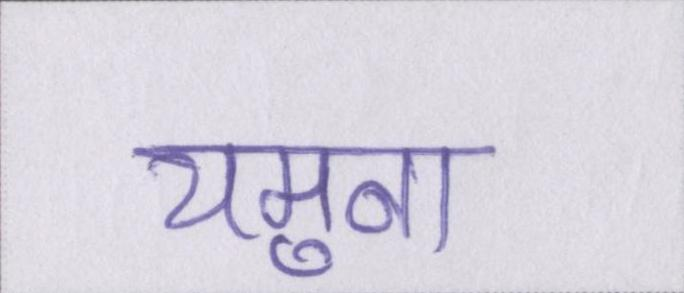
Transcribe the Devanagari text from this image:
यमुना